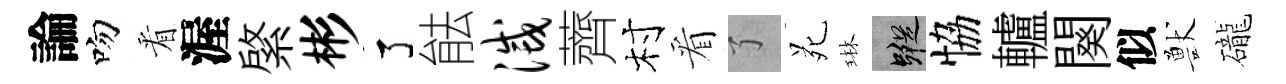
論吻㸔渥綮彬了䏻灭薺村看了苑琳蹤恊轤闋似獸礲